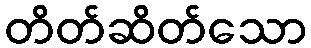
တိတ်ဆိတ်သော